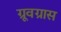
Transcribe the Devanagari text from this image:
ग्रूवग्रास